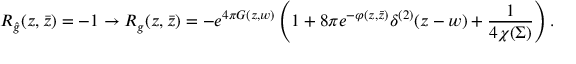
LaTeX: R _ { \hat { g } } ( z , \bar { z } ) = - 1 \to R _ { g } ( z , \bar { z } ) = - e ^ { 4 \pi G ( z , w ) } \left( 1 + 8 \pi e ^ { - \varphi ( z , \bar { z } ) } \delta ^ { ( 2 ) } ( z - w ) + { \frac { 1 } { 4 \chi ( \Sigma ) } } \right) .